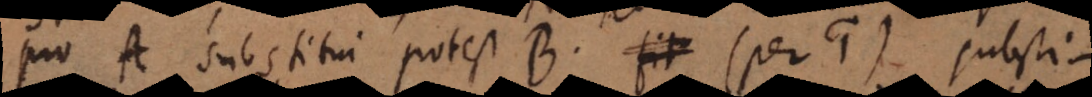
pro A substitui potest B (per 1) substi